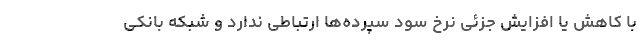
با کاهش یا افزایش جزئی نرخ سود سپرده‌ها ارتباطی ندارد و شبکه بانکی